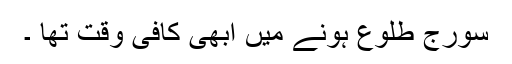
سورج طلوع ہونے میں ابھی کافی وقت تھا ۔